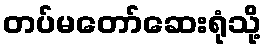
တပ်မတော်ဆေးရုံသို့